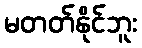
မတတ်နိုင်ဘူး